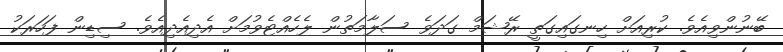
ބޭނުންވިއެވެ. ކުރިއަށް ހިނގައިގަތީ ރޭޝަމް ގަދަވެ ސަލާމަތުން ލެހެއްޓެވުމަށް އެދިއެދިއެވެ. ސިޑިން ފަހަރަކު